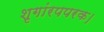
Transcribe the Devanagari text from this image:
शृगांरपपरक।